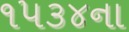
૧૫૩૪ના